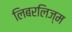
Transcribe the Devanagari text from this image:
लिबरलिज्म